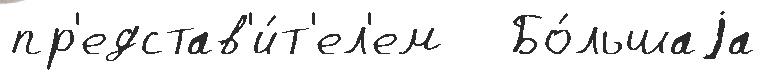
пр'едстав'и́т'ел'ем   Бо́льшаjа